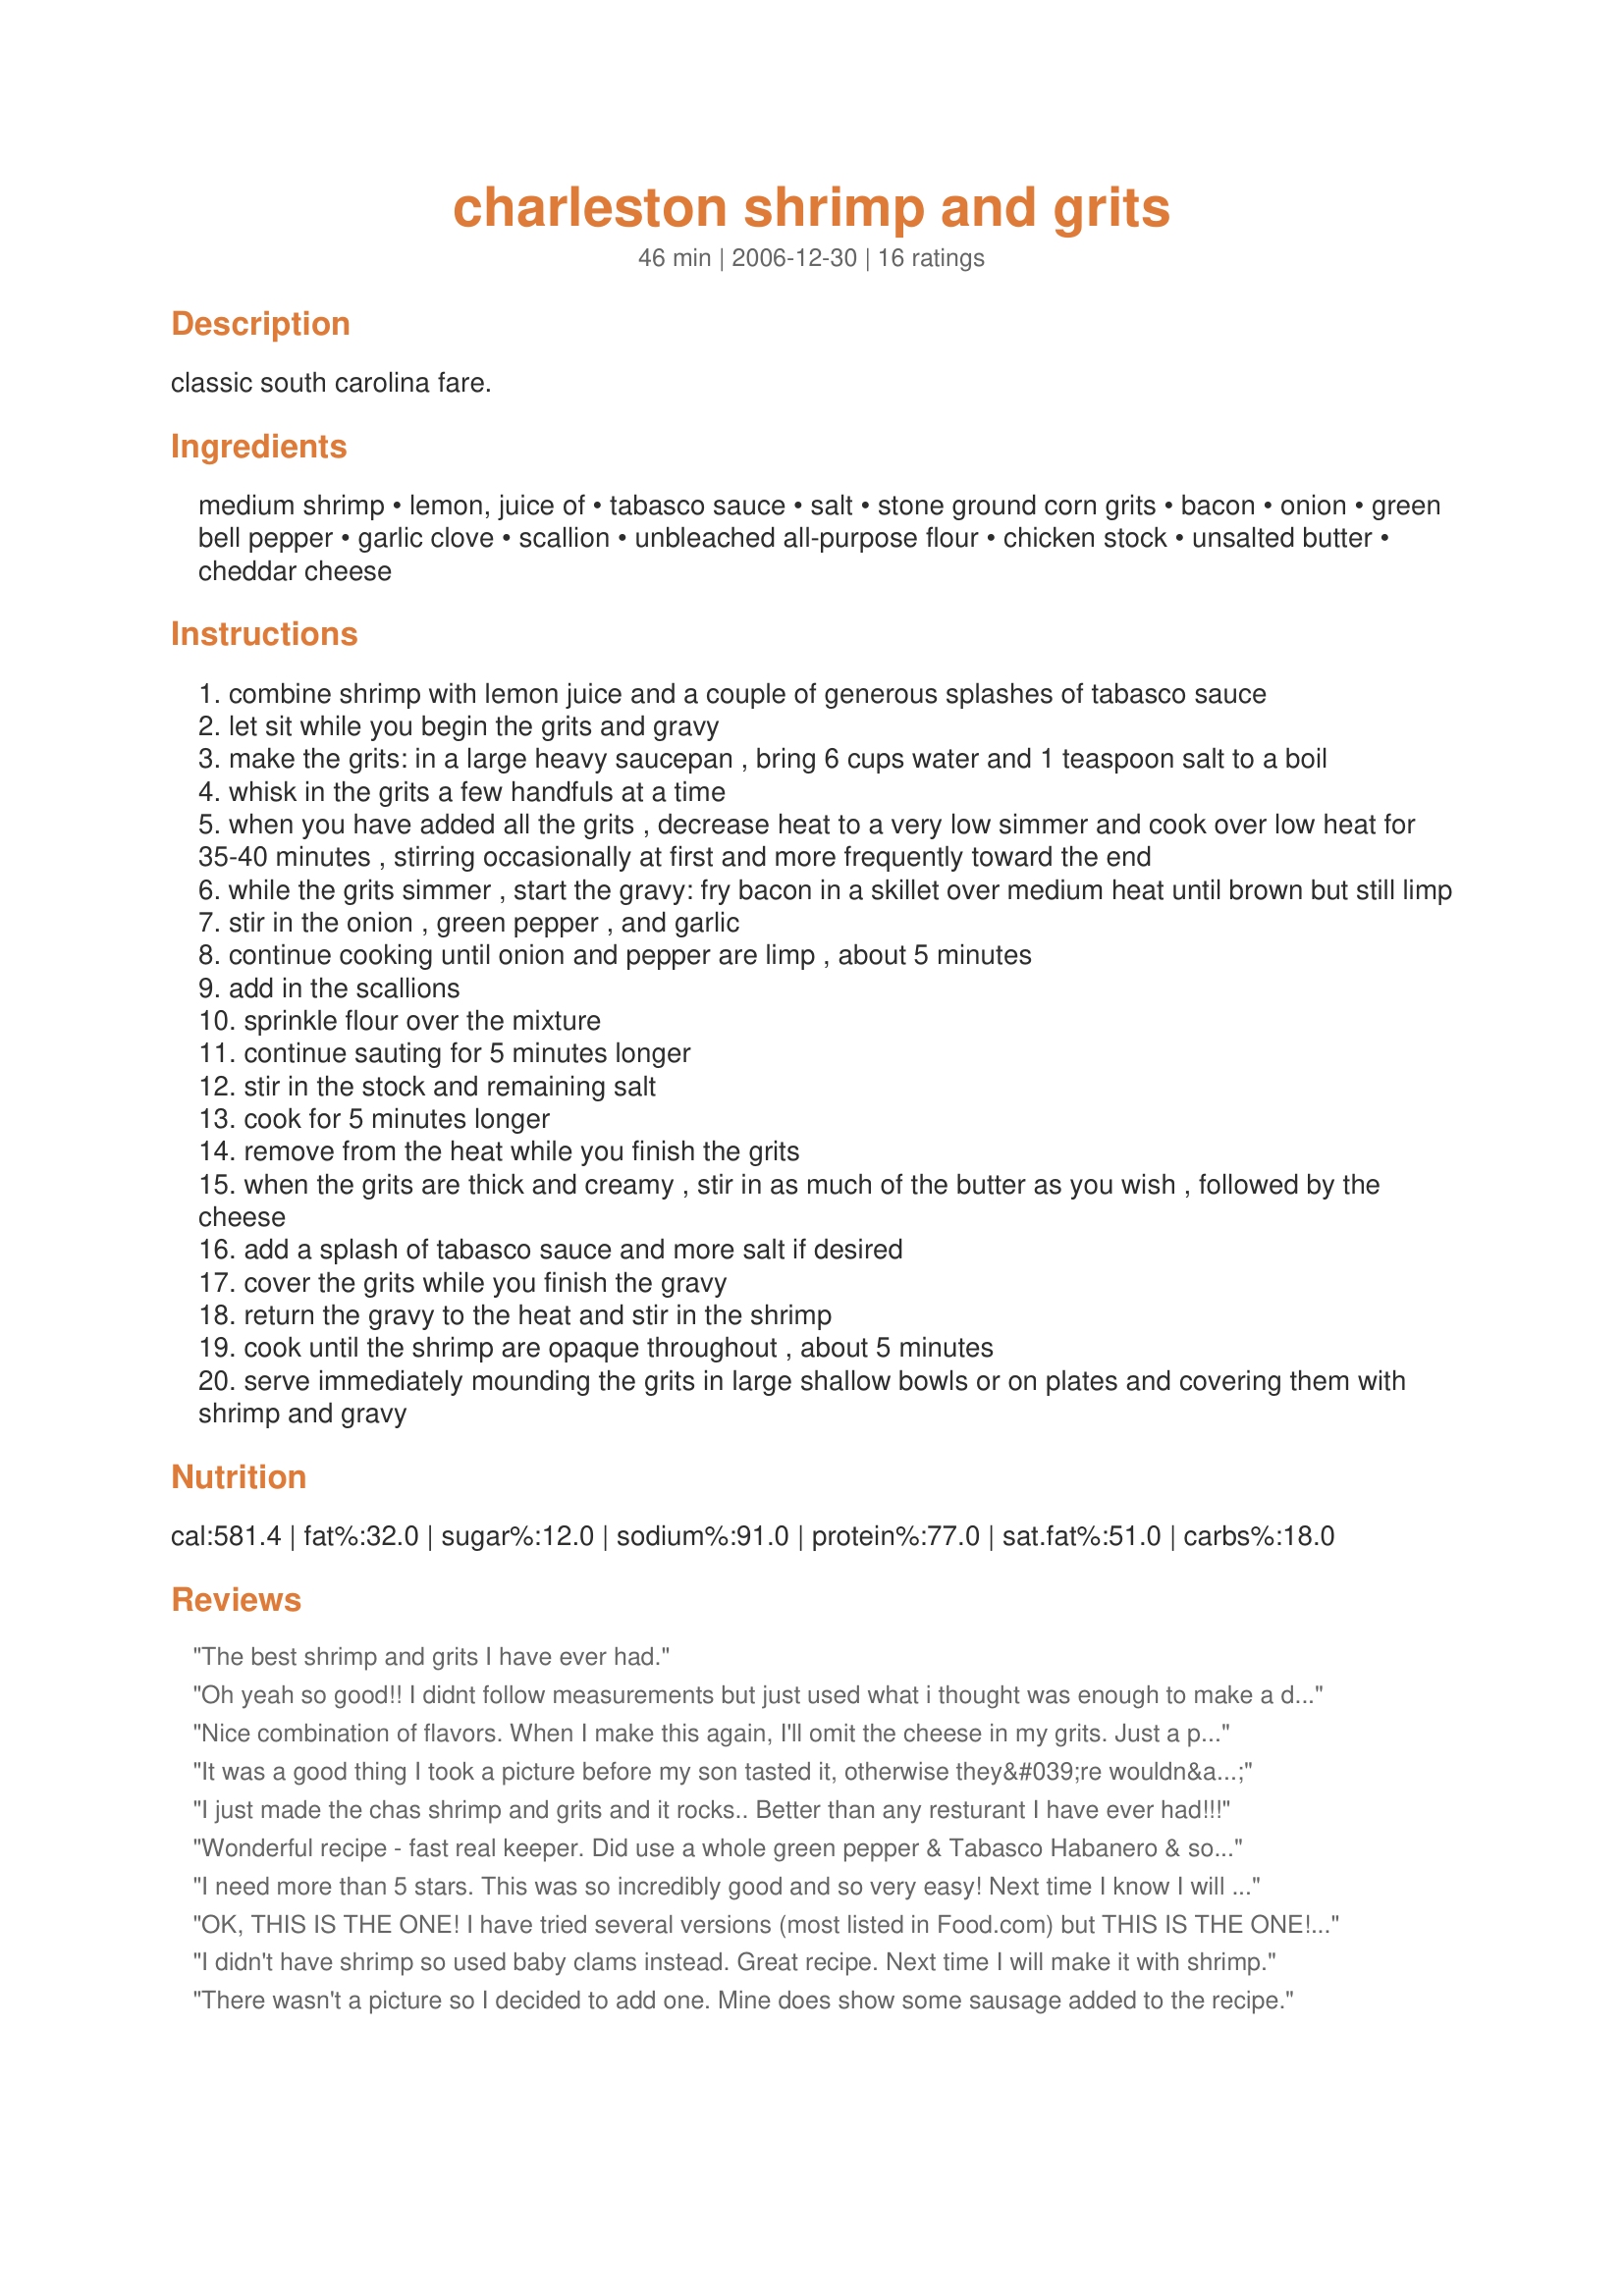
charleston shrimp and grits
Preparation time: 46 minutes

classic south carolina fare.

Ingredients:
medium shrimp, lemon, juice of, tabasco sauce, salt, stone ground corn grits, bacon, onion, green bell pepper, garlic clove, scallion, unbleached all-purpose flour, chicken stock, unsalted butter, cheddar cheese

Steps:
combine shrimp with lemon juice and a couple of generous splashes of tabasco sauce
let sit while you begin the grits and gravy
make the grits: in a large heavy saucepan , bring 6 cups water and 1 teaspoon salt to a boil
whisk in the grits a few handfuls at a time
when you have added all the grits , decrease heat to a very low simmer and cook over low heat for 35-40 minutes , stirring occasionally at first and more frequently toward the end
while the grits simmer , start the gravy: fry bacon in a skillet over medium heat until brown but still limp
stir in the onion , green pepper , and garlic
continue cooking until onion and pepper are limp , about 5 minutes
add in the scallions
sprinkle flour over the mixture
continue sauting for 5 minutes longer
stir in the stock and remaining salt
cook for 5 minutes longer
remove from the heat while you finish the grits
when the grits are thick and creamy , stir in as much of the butter as you wish , followed by the cheese
add a splash of tabasco sauce and more salt if desired
cover the grits while you finish the gravy
return the gravy to the heat and stir in the shrimp
cook until the shrimp are opaque throughout , about 5 minutes
serve immediately mounding the grits in large shallow bowls or on plates and covering them with shrimp and gravy

Reviews:
The best shrimp and grits I have ever had.
Oh yeah so good!! I didnt follow measurements but just used what i thought was enough to make a dinner for two and it came out awesome!! These ingredients are perfect!
Nice combination of flavors. When I make this again, I'll omit the cheese in my grits. Just a personal preference.
It was a good thing I took a picture before my son tasted it, otherwise they&#039;re wouldn&#039;t have been a picture! What a great dish! Nice job!
I just made the chas shrimp and grits and it rocks.. Better than any resturant I have ever had!!!
Wonderful recipe - fast real keeper. Did use a whole green pepper & Tabasco Habanero & some white pepper. Subbed whipping cream in the grits for the butter & 1/2 the cheese 9was short). Fast & delicious & special enough for company. We'll be making this again & again! Thank you!
I need more than 5 stars. This was so incredibly good and so very easy! Next time I know I will have to double this. I added more red pepper sauce to the shrimp and a little Creole seasoning. Served with salad and some cornbread.... deeeeeeeeeeelish!! Thanks for sharing!
OK, THIS IS THE ONE! I have tried several versions (most listed in Food.com) but THIS IS THE ONE! The only thing I would modify is to reduce the amount of grits compared to the rest of the recipe, that is all. The flavors are perfect.... I'm getting rid of all my other Shrimp & Grits recipes, except one that does a grilled BBQ shrimp. Thank you, I will chisel this one down in stone.
I didn't have shrimp so used baby clams instead. Great recipe. Next time I will make it with shrimp.
There wasn't a picture so I decided to add one. Mine does show some sausage added to the recipe.
I forgot! I also substituted 6 cups of chicken stock in place of the t cups of water to cook the grits. A wonderful variation and adds a lot of flavor!
This is awesome! I make this quite a lot and sometimes add spicy habanero sausage along with the shrimp. Best I've ever had. Thanx!!! Deserves 10 stars
Simple, quick, and delicious. Great balance of flavors. I used a couple of tablespoons of sriracha in place of tabasco since I was out. I used Kerrygold Chedder in the grits, and they were succulent.
My husband and I really enjoyed this. We used a whole green pepper and turkey bacon ( we don't eat pork ) and added about 1/4 cup of parmesan cheese to the grits with the cheddar for added flavor. Thanks so much for an easy week night recipe.
Very good! I am a real southern girl who loves cheese in her grits and this is a terrific and authentic recipe. Thanks!
YUM! This is devine! The only changes I made was using quick grits made with chicken broth and cream, and I added some hot smoked sausage while sauteing the veggies. The whole family enjoyed it and it will be a regular in our house from now one! Thanks so much!
